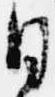
日